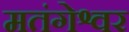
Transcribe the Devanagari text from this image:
मतंगेश्वर